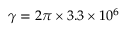
\gamma = 2 \pi \times 3 . 3 \times 1 0 ^ { 6 }